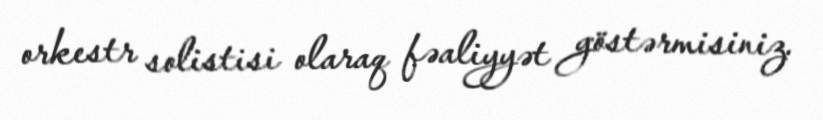
orkestr solistisi olaraq fəaliyyət göstərmisiniz.